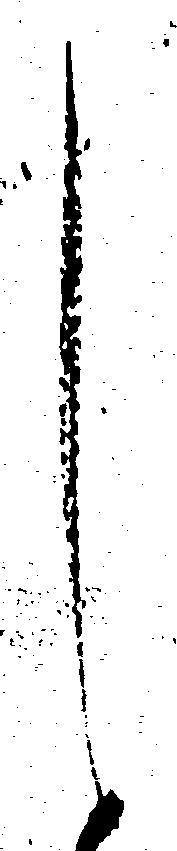
し